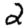
Digit: 2